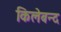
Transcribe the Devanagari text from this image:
किलेबन्द